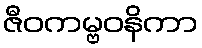
ဇီဝကမ္ဗဝနိကာ